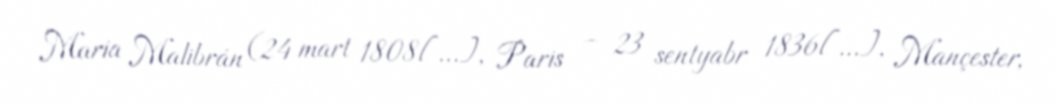
María Malibrán (24 mart 1808[…], Paris – 23 sentyabr 1836[…], Mançester,